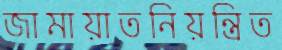
জামায়াতনিয়ন্ত্রিত